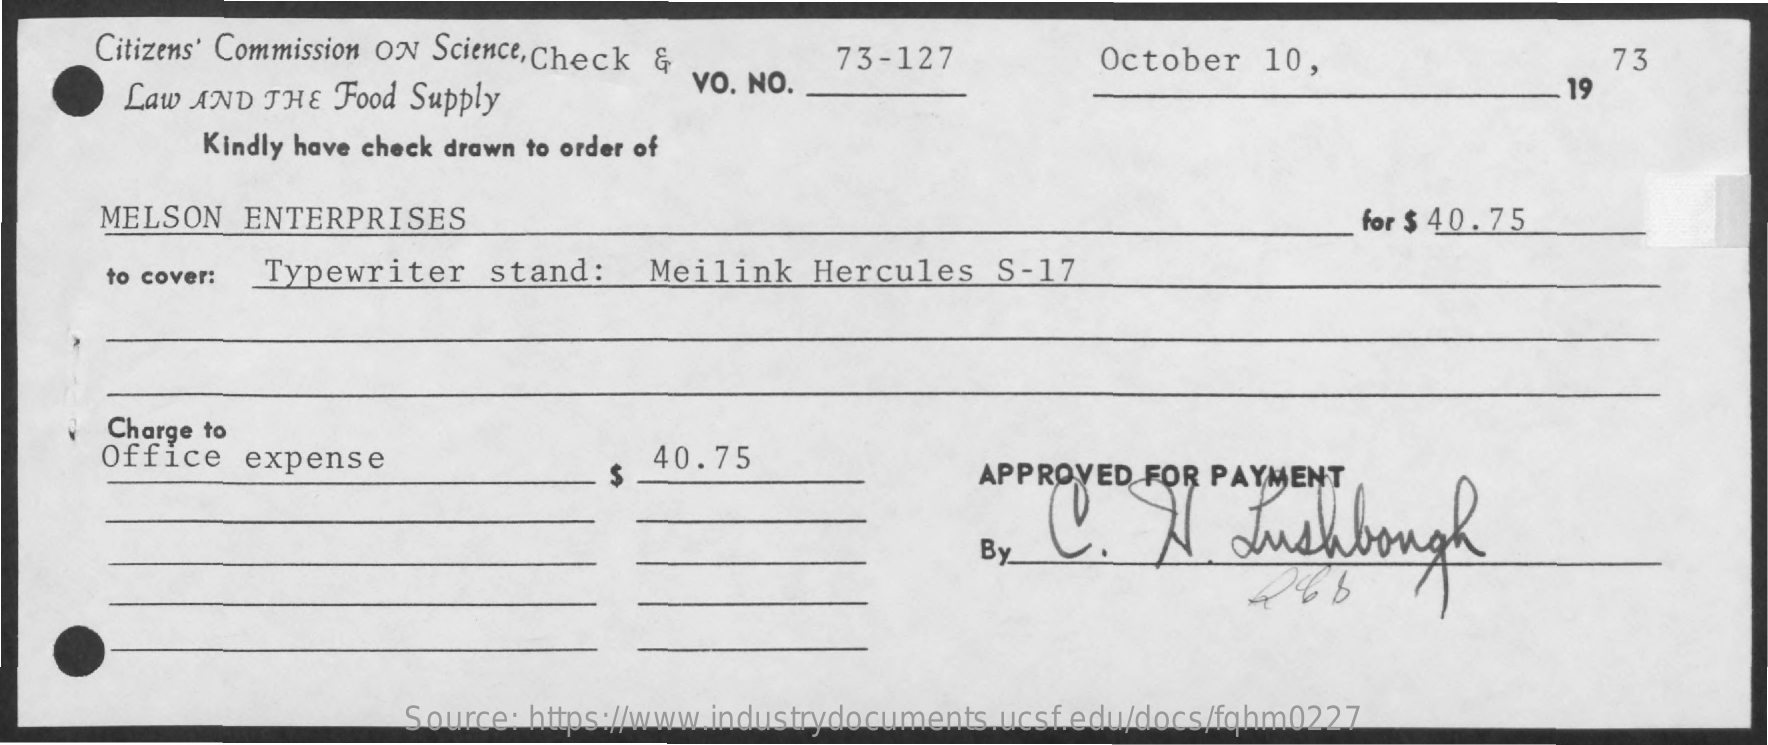
Citizens' Commission ON Science, Check &
     Law AND THE  Food Supply
     VO. NO.
     73-127    October   10,    73
     19
     Kindly have check drawn to order of
     MELSON  ENTERPRISES    for $ 40. 75
     to cover: Typewriter   stand:    Meilink   Hercules    S-17
     Charge to
     Office  expense    40.75
     APPROVED  FOR PAYMENT
     Justbough
     By
     Source: https://www.industrydocuments.ucsf.edu/docs/fqhm0227